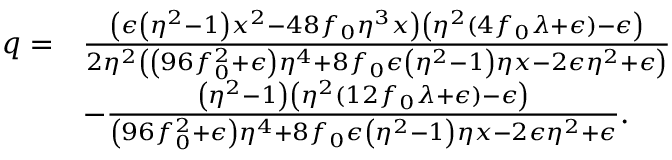
\begin{array} { r l } { q = } & { \frac { \left( \epsilon \left( \eta ^ { 2 } - 1 \right) x ^ { 2 } - 4 8 f _ { 0 } \eta ^ { 3 } x \right) \left( \eta ^ { 2 } ( 4 f _ { 0 } \lambda + \epsilon ) - \epsilon \right) } { 2 \eta ^ { 2 } \left( \left( 9 6 f _ { 0 } ^ { 2 } + \epsilon \right) \eta ^ { 4 } + 8 f _ { 0 } \epsilon \left( \eta ^ { 2 } - 1 \right) \eta x - 2 \epsilon \eta ^ { 2 } + \epsilon \right) } } \\ & { - \frac { \left( \eta ^ { 2 } - 1 \right) \left( \eta ^ { 2 } ( 1 2 f _ { 0 } \lambda + \epsilon ) - \epsilon \right) } { \left( 9 6 f _ { 0 } ^ { 2 } + \epsilon \right) \eta ^ { 4 } + 8 f _ { 0 } \epsilon \left( \eta ^ { 2 } - 1 \right) \eta x - 2 \epsilon \eta ^ { 2 } + \epsilon } . } \end{array}